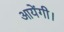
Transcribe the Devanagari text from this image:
आयेंगी।